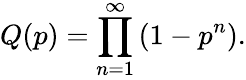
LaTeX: Q(p)=\prod_{n=1}^{\infty}\left(1-p^{n}\right).